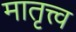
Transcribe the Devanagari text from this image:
मातृत्त्व